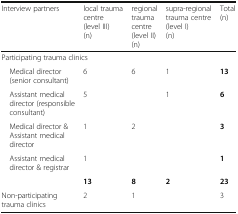
| Interview partners | local trauma centre(level III)(n) | regional trauma centre(level II)(n) | supra-regional trauma centre(level I)(n) | Total(n) |
 | --- | --- | --- | --- | --- |
 | <COLSPAN=5> Participating trauma clinics |
 | Medical director (senior consultant) | 6 | 6 | 1 | 13 |
 | Assistant medical director (responsible consultant) | 5 |  | 1 | 6 |
 | Medical director & Assistant medical director | 1 | 2 |  | 3 |
 | Assistant medical director & registrar | 1 |  |  | 1 |
 |  | 13 | 8 | 2 | 23 |
 | Non-participating trauma clinics | 2 | 1 |  | 3 |